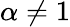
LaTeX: \alpha\neq 1